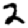
Digit: 2